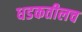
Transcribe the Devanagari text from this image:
धडकतीलच